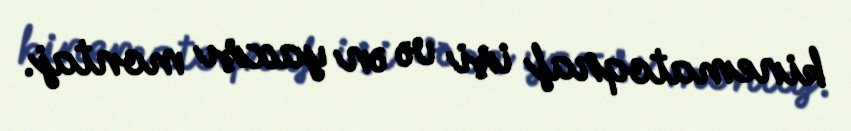
kinematoqraf işi və ən yaxşı montaj.